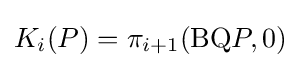
K_{i}(P)=\pi _{i+1}(\mathrm {BQ} P,0)